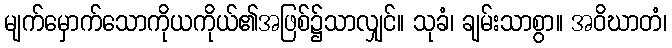
မျက်မှောက်သောကိုယကိုယ်၏အဖြစ်၌သာလျှင်။ သုခံ၊ ချမ်းသာစွာ။ အဝိဃာတံ၊